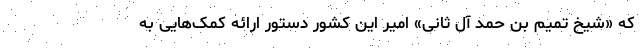
که «شیخ تمیم بن حمد آل ثانی» امیر این کشور دستور ارائه کمک‌هایی به